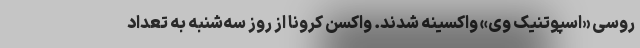
روسی «اسپوتنیک وی» واکسینه شدند. واکسن کرونا از روز سه‌شنبه به تعداد